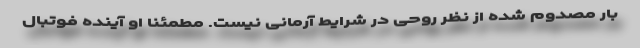
بار مصدوم شده از نظر روحی در شرایط آرمانی نیست. مطمئنا او آینده فوتبال